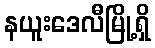
နယူးဒေလီမြို့ရှိ